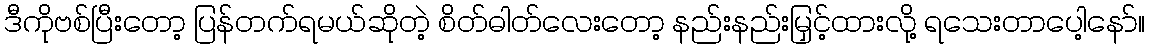
ဒီကိုဗစ်ပြီးတော့ ပြန်တက်ရမယ်ဆိုတဲ့ စိတ်ဓါတ်လေးတော့ နည်းနည်းမြှင့်ထားလို့ ရသေးတာပေါ့နော်။